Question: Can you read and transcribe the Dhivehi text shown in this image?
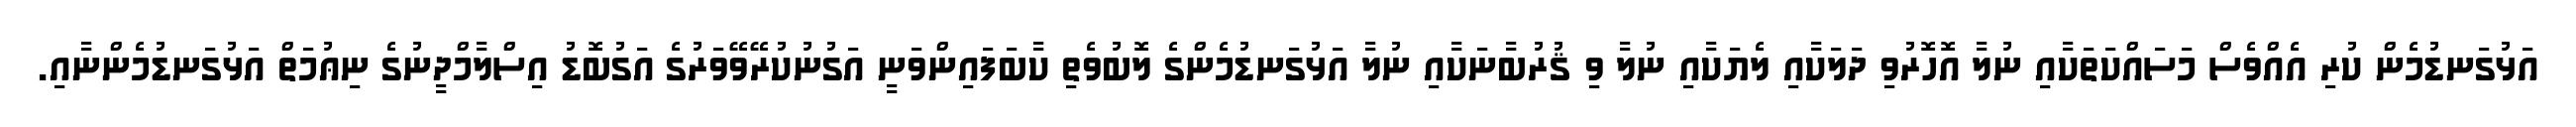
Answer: އަޅުގަނޑުމެން ކުރި އެއްވެސް މަސައްކަތަކާއި ނުލާ އޮހޮރުވި ދަލަކާއި ލެޔަކާއި ނުލާ ވި ޤުރުބާނަކާއި ނުލާ އަޅުގަނޑުމެންގެ ލޮބުވެތި ކާބަފައިންވަނީ އަގުނުކުރޭވޭވަރުގެ އަގުބޮޑު އިސްލާމްދީނުގެ ނިޢުމަތް އަޅުގަނޑުމެންނާއި.